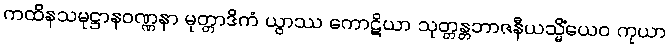
ကထိနသမုဋ္ဌာနဝဏ္ဏနာ မုတ္တာဒိကံ ယွာဿ ကောဋိယာ သုတ္တန္တဘာဇနီယသ္မိံယေဝ ကုယာ